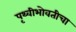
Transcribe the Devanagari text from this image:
पृथ्वीभोवतीचा